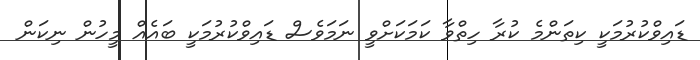
ޑައިވްކުރުމަކީ ކިތަންމެ ކުރާ ހިތްވާ ކަމަކަށްވީ ނަމަވެސް ޑައިވްކުރުމަކީ ބައެއް މީހުން ނިކަން